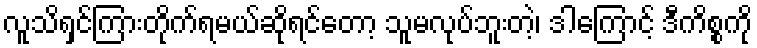
လူသိရှင်ကြားတိုက်ရမယ်ဆိုရင်တော့ သူမလုပ်ဘူးတဲ့၊ ဒါကြောင့် ဒီကိစ္စကို